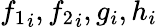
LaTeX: {f_{1}}_{i},{f_{2}}_{i},g_{i},h_{i}